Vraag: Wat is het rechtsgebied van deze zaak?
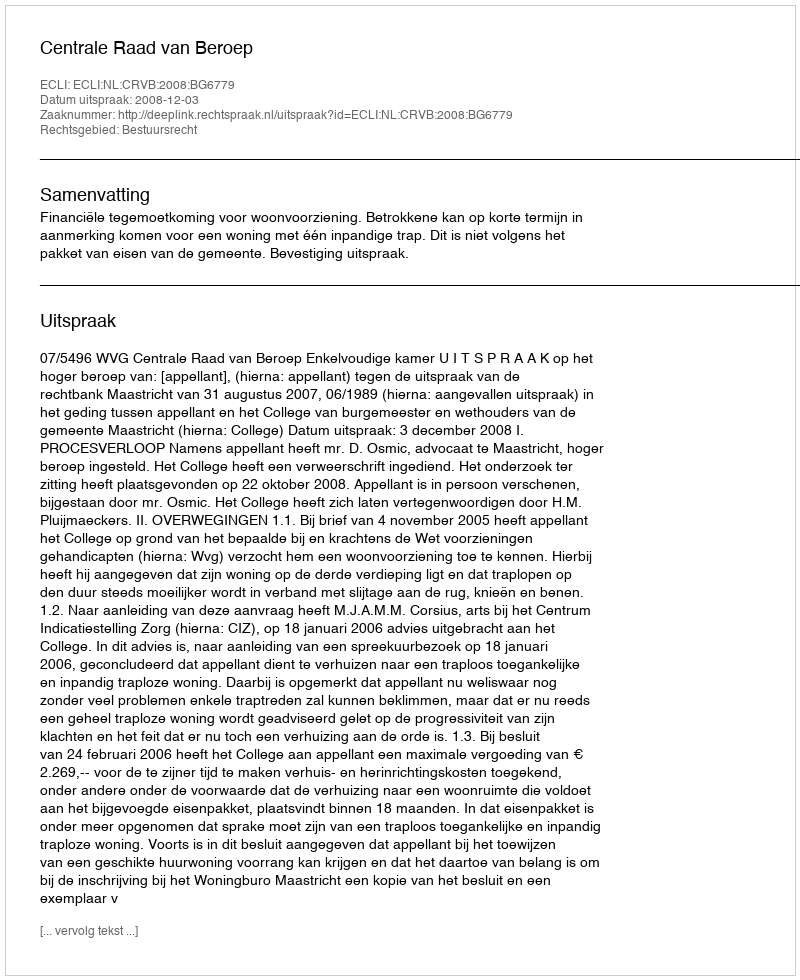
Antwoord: Bestuursrecht